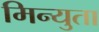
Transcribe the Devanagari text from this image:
मिन्युता